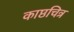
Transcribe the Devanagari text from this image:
काष्ठचित्र